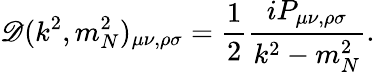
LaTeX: \mathscr{D}(k^{2},m_{N}^{2})_{\mu\nu,\rho\sigma}=\frac{{1}}{{2}}\frac{{iP_{\mu\nu,\rho\sigma}}}{{k^{2}-m_{N}^{2}}}.